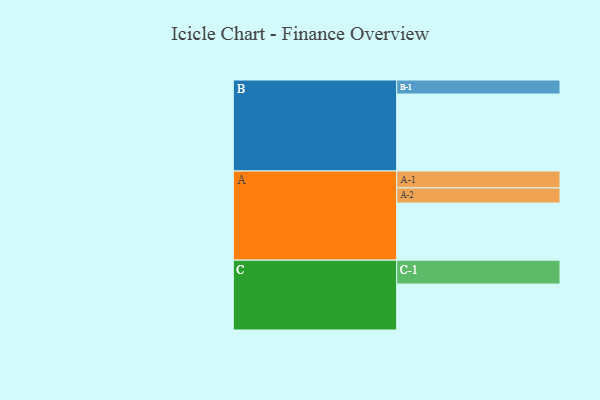
{"axis": {"x": "Segment", "y": "Value"}, "legend": ["", "A", "B", "C"], "data": [{"x": "A", "y": 440, "type": ""}, {"x": "B", "y": 593, "type": ""}, {"x": "C", "y": 354, "type": ""}, {"x": "A-1", "y": 130, "type": "A"}, {"x": "A-2", "y": 117, "type": "A"}, {"x": "B-1", "y": 108, "type": "B"}, {"x": "C-1", "y": 184, "type": "C"}]}